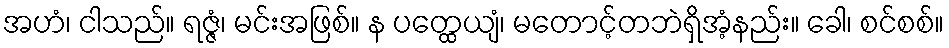
အဟံ၊ ငါသည်။ ရဇ္ဇံ၊ မင်းအဖြစ်။ န ပတ္ထေယျံ၊ မတောင့်တဘဲရှိအံ့နည်း။ ခေါ၊ စင်စစ်။